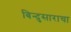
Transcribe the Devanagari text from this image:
बिन्दुसाराचा